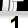
Digit: 1